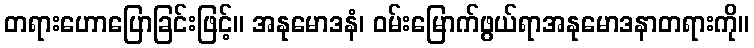
တရားဟောပြောခြင်းဖြင့်။ အနုမောဒနံ၊ ဝမ်းမြောက်ဖွယ်ရာအနုမောဒနာတရားကို။